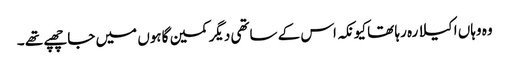
وہ وہاں اکیلا رہ رہا تھا کیونکہ اس کے ساتھی دیگر کمین گاہوں میں جا چھپے تھے ۔